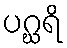
ပဂ္ဃရိ